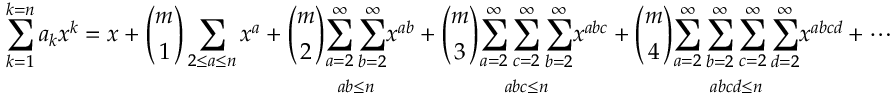
\sum _ { k = 1 } ^ { k = n } a _ { k } x ^ { k } = x + { \binom { m } { 1 } } \sum _ { 2 \leq a \leq n } x ^ { a } + { \binom { m } { 2 } } { \underset { a b \leq n } { \sum _ { a = 2 } ^ { \infty } \sum _ { b = 2 } ^ { \infty } } } x ^ { a b } + { \binom { m } { 3 } } { \underset { a b c \leq n } { \sum _ { a = 2 } ^ { \infty } \sum _ { c = 2 } ^ { \infty } \sum _ { b = 2 } ^ { \infty } } } x ^ { a b c } + { \binom { m } { 4 } } { \underset { a b c d \leq n } { \sum _ { a = 2 } ^ { \infty } \sum _ { b = 2 } ^ { \infty } \sum _ { c = 2 } ^ { \infty } \sum _ { d = 2 } ^ { \infty } } } x ^ { a b c d } + \cdots